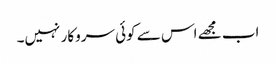
اب مجھے اس سے کوئی سروکار نہیں۔